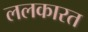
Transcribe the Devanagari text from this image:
ललकारत